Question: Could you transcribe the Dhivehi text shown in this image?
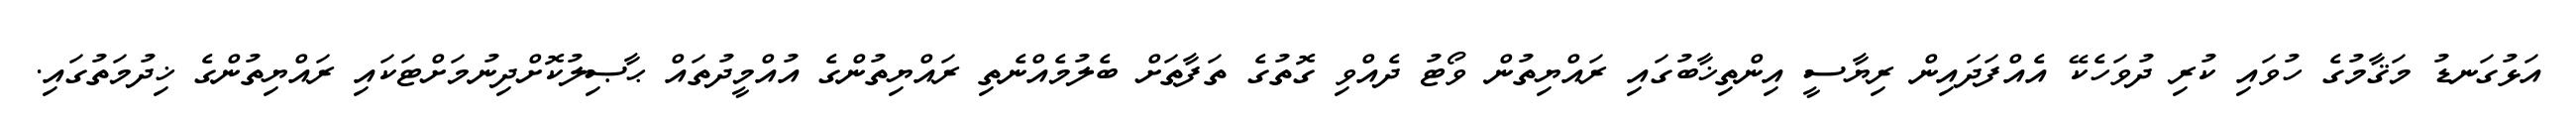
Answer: އަޅުގަނޑު މަޤާމުގެ ހުވައި ކުރި ދުވަހެކޭ އެއްފަދައިން ރިޔާސީ އިންތިޚާބުގައި ރައްޔިތުން ވޯޓު ދެއްވި ގޮތުގެ ތަފާތަށް ބެލުމެއްނެތި ރައްޔިތުންގެ އުއްމީދުތައް ޙާޞިލުކޮށްދިނުމަށްޓަކައި ރައްޔިތުންގެ ޚިދުމަތުގައި.